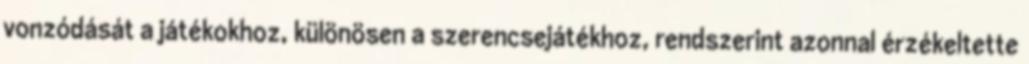
vonzódását a játékokhoz, különösen a szerencsejátékhoz, rendszerint azonnal érzékeltette